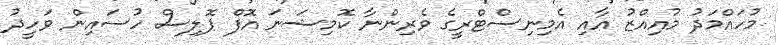
މުހައްމަދު މުއިއްޒު އާއި އެމިނިސްޓްރީގެ ވެރިންނާ ކޮމިޝަނަ އޮފް ޕޮލިސް ހުސައިން ވަހީދު